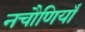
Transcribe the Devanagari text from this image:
नचौणियाँ